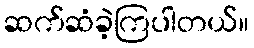
ဆက်ဆံခဲ့ကြပါတယ်။